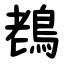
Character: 䳓